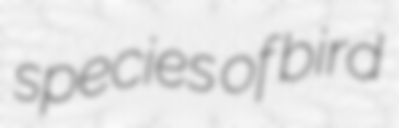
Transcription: species of bird